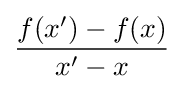
{\frac {f(x')-f(x)}{x'-x}}